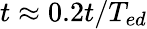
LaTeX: t\approx 0.2t/T_{ed}